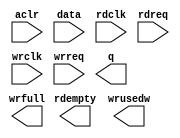
module fifo_128x512a (
	aclr,
	data,
	rdclk,
	rdreq,
	wrclk,
	wrreq,
	q,
	rdempty,
	wrfull,
	wrusedw);

	input	  aclr;
	input	[127:0]  data;
	input	  rdclk;
	input	  rdreq;
	input	  wrclk;
	input	  wrreq;
	output	[127:0]  q;
	output	  rdempty;
	output	  wrfull;
	output	[8:0]  wrusedw;

endmodule